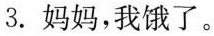
3.妈妈，我饿了。